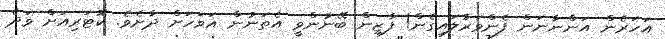
އަހަރެން އަންނާނަން ފެންވަރާލައިގެން! ފާޒިން ބޭނުންވީ އެތަނުން އަވަހަށް ދާށެވެ. ކޮޓަރިއަށް ވަދެ